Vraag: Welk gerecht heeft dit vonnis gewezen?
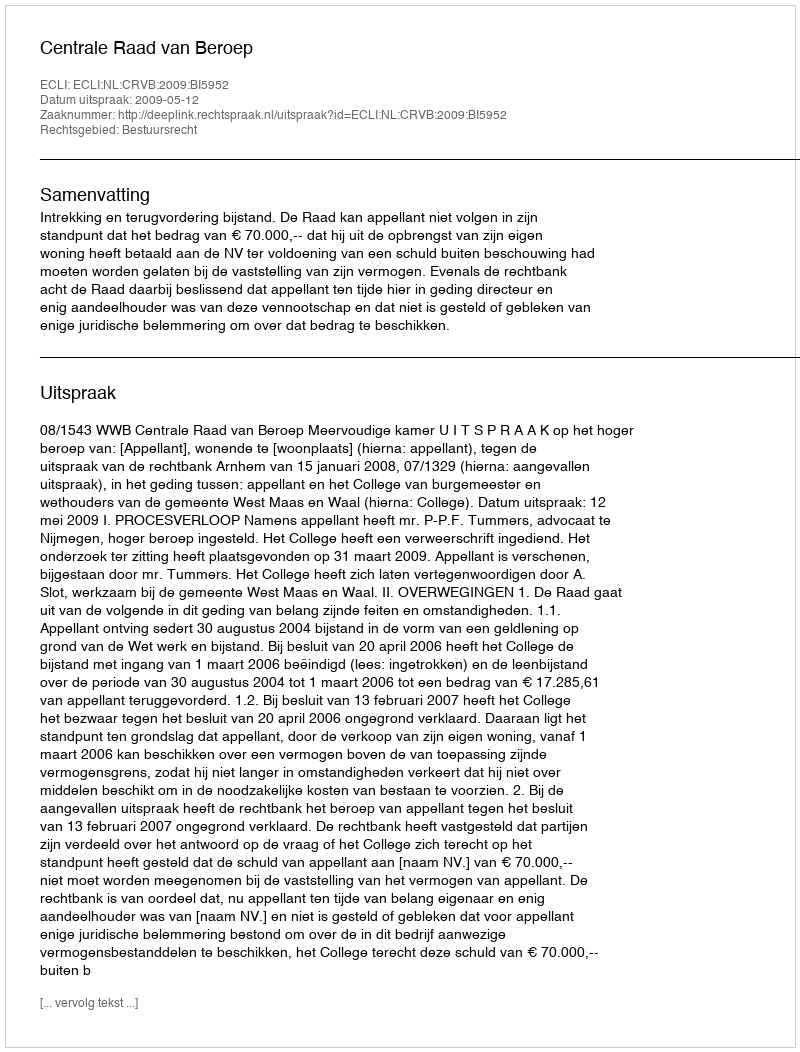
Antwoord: Centrale Raad van Beroep